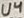
Text: U4